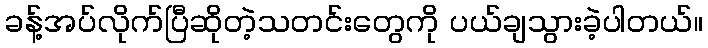
ခန့်အပ်လိုက်ပြီဆိုတဲ့သတင်းတွေကို ပယ်ချသွားခဲ့ပါတယ်။